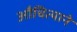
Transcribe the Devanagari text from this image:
औचित्याने